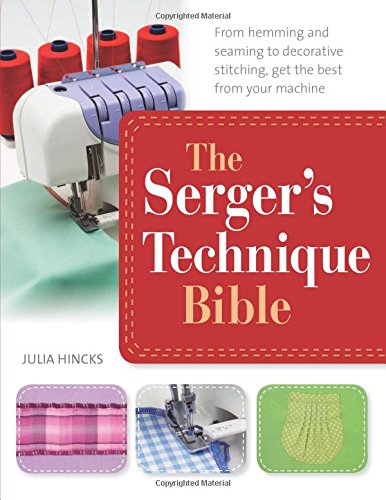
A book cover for The Serger's Technique Bible: The Complete Guide to Serging and Decorative Stitching; Julia Hincks; Crafts, Hobbies & Home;